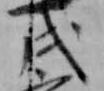
戌